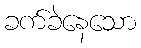
ခက်ခဲနေသော